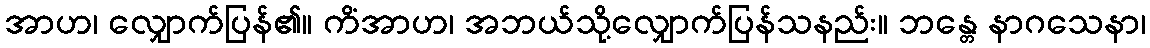
အာဟ၊ လျှောက်ပြန်၏။ ကိံအာဟ၊ အဘယ်သို့လျှောက်ပြန်သနည်း။ ဘန္တေ နာဂသေနာ၊